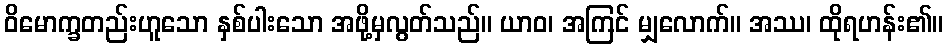
ဝိမောက္ခတည်းဟူသော နှစ်ပါးသော အဖို့မှလွတ်သည်။ ယာဝ၊ အကြင် မျှလောက်။ အဿ၊ ထိုရဟန်း၏။